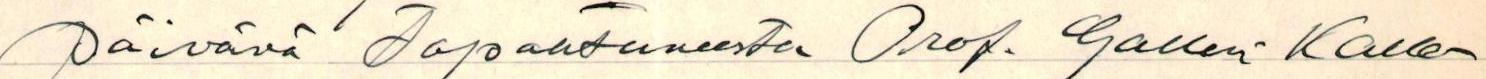
Päivänä Tapahtuneesta Prof. Gallen-Kalle-